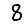
Digit: 8